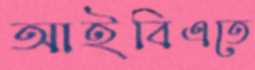
আইবিএতে